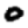
Digit: 0